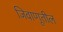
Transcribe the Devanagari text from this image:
जिवाणूतील